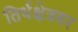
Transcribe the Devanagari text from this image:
तिर्थक्षेत्रवर